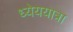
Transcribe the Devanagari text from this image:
ध्येययात्रा